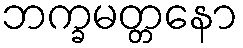
ဘက္ခမတ္တနော